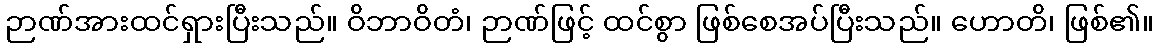
ဉာဏ်အားထင်ရှားပြီးသည်။ ဝိဘာဝိတံ၊ ဉာဏ်ဖြင့် ထင်စွာ ဖြစ်စေအပ်ပြီးသည်။ ဟောတိ၊ ဖြစ်၏။